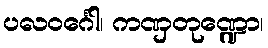
ပလဝင်္ဂေါ၊ ကဏှတုဏ္ဍော၊